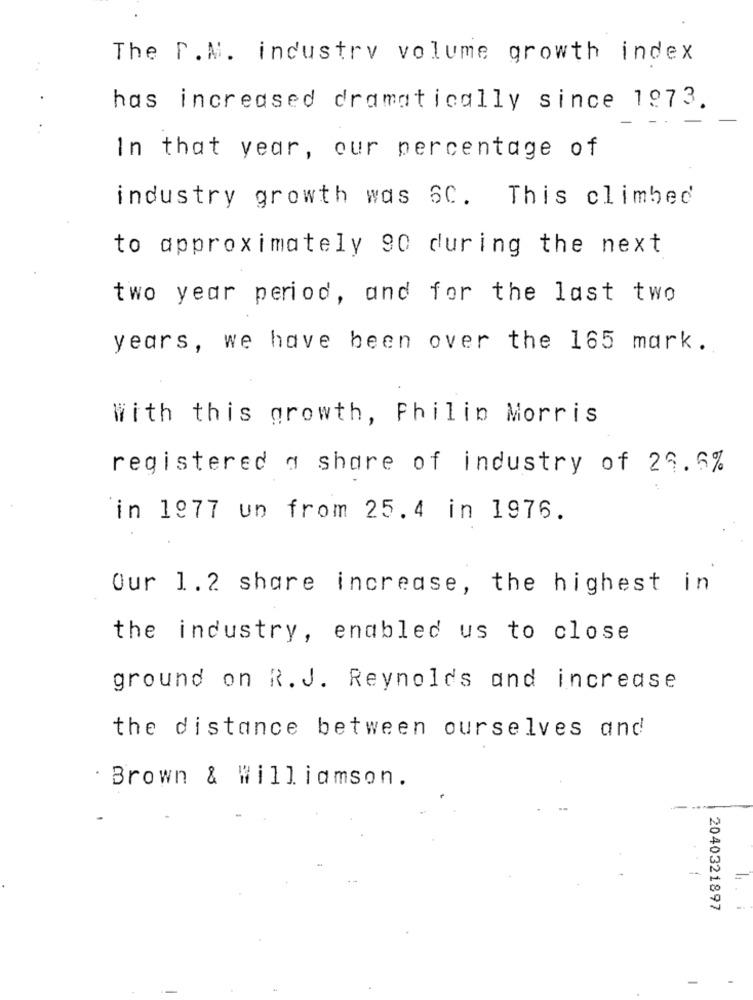
The P.M. industry volume growth index
..
has increased dramatically since 1973.
In that year, our percentage of
industry growth was SC. This climbed
to approximately 90 during the next
two year period, and for the last two
years, we have been over the 165 mark.
With this growth, Philip Morris
registered a share of industry of 29.5%
in 1977 un from 25.4 in 1976.
Our 1.2 share increase, the highest in
the industry, enabled us to close
ground on R.J. Reynolds and increase
the distance between ourselves and
. Brown & Williamson.
2040321897
-